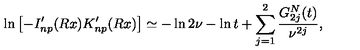
\ln \left[ - I _ { n p } ^ { \prime } ( R x ) K _ { n p } ^ { \prime } ( R x ) \right] \simeq - \ln 2 \nu - \ln t + \sum _ { j = 1 } ^ { 2 } \frac { G _ { 2 j } ^ { N } ( t ) } { \nu ^ { 2 j } } { , }